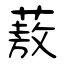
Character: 蔜